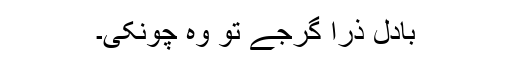
بادل ذرا گرجے تو وہ چونکی۔